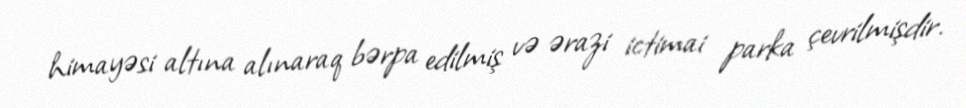
himayəsi altına alınaraq bərpa edilmiş və ərazi ictimai parka çevrilmişdir.